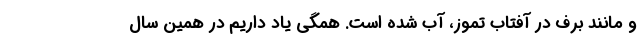
و مانند برف در آفتاب تموز، آب شده است. همگی یاد داریم در همین سال